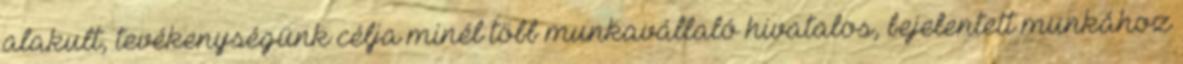
alakult, tevékenységünk célja minél több munkavállaló hivatalos, bejelentett munkához